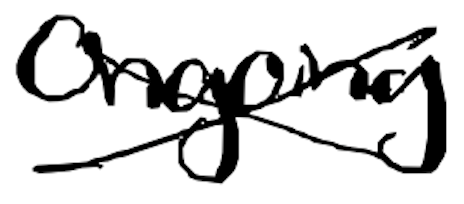
Text: Ongoing
Cross-out: mix
Writing tool: digital_black